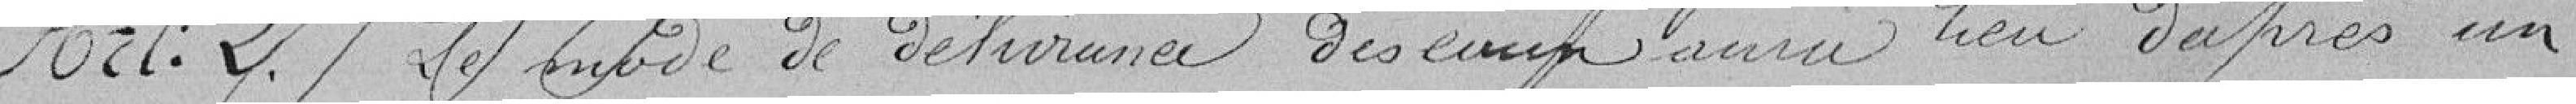
Article 2 : Le mode de délivrance des eaux aura lieu d'après un